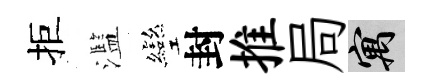
拒濫彎封推局寓